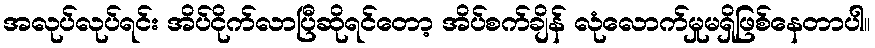
အလုပ်လုပ်ရင်း အိပ်ငိုက်လာပြီဆိုရင်တော့ အိပ်စက်ချိန် လုံလောက်မှုမရှိဖြစ်နေတာပါ။